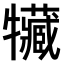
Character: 𤜐